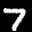
Label: 7